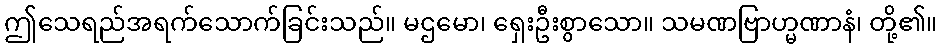
ဤသေရည်အရက်သောက်ခြင်းသည်။ မဌမော၊ ရှေးဦးစွာသော။ သမဏဗြာဟ္မဏာနံ၊ တို့၏။